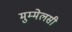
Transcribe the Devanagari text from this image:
मुम्मेलसी